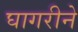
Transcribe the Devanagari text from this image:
घागरीने